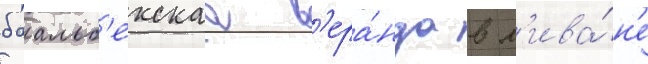
баальб'екскаа в'ера́нда в л'ива́н'е